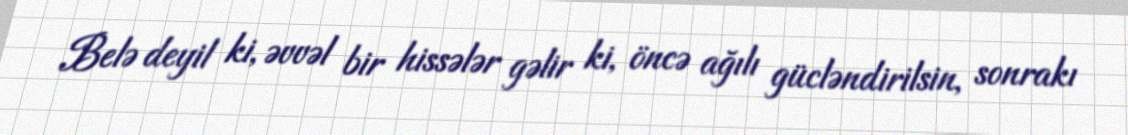
Belə deyil ki, əvvəl bir hissələr gəlir ki, öncə ağılı gücləndirilsin, sonrakı